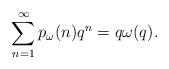
LaTeX: \begin{align*}\sum\limits_{n=1}^{\infty}p_{\omega}(n)q^n=q\omega(q).\end{align*}